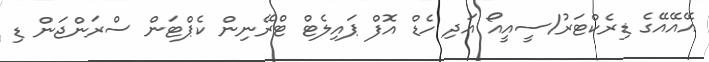
އޭއޭއޭގެ ޑިރެކްޓަރު/ސީއީއޯ އަދި ހެޑް އޮފް ޕައިލެޓް ޓްރޭނިން ކެޕްޓަން ސްރަންޖަން ޑި